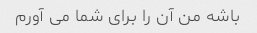
باشه من آن را برای شما می آورم